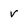
Character: v